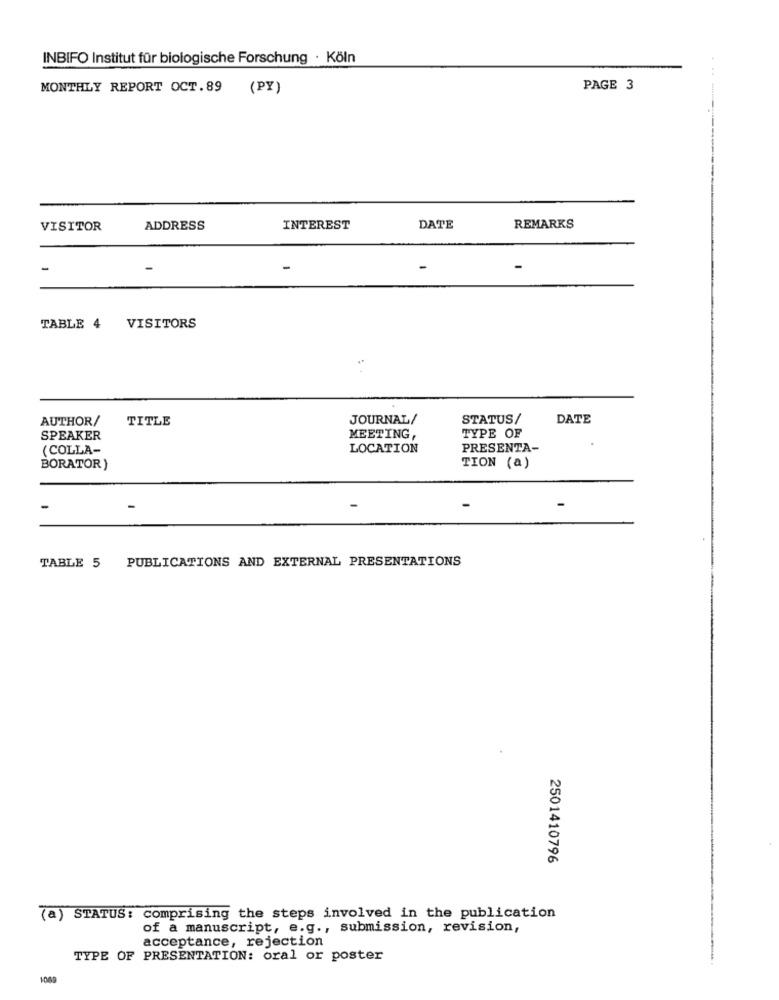
INBIFO Institut für biologische Forschung · Köln
MONTHLY REPORT OCT.89 (PY)
PAGE 3
VISITOR
ADDRESS
INTEREST
DATE
REMARKS
-
-
TABLE 4 VISITORS
AUTHOR/
TITLE
JOURNAL/
STATUS /
DATE
SPEAKER
MEETING,
TYPE OF
(COLLA-
LOCATION
PRESENTA-
BORATOR)
TION (a)
-
TABLE 5 PUBLICATIONS AND EXTERNAL PRESENTATIONS
2501410796
(a) STATUS: comprising the steps involved in the publication
of a manuscript, e.g ., submission, revision,
acceptance, rejection
TYPE OF PRESENTATION: oral or poster
1009